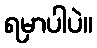
ရမှာပါပဲ။